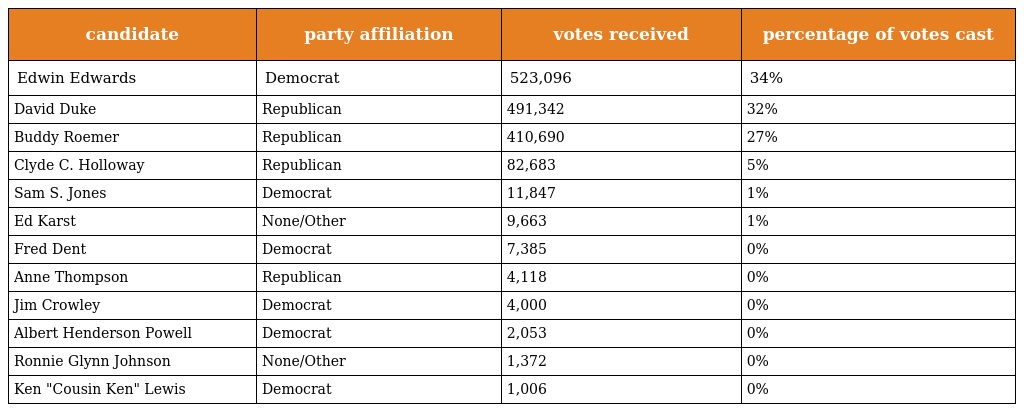
| candidate | party affiliation | votes received | percentage of votes cast |
 | --- | --- | --- | --- |
 | Edwin Edwards | Democrat | 523,096 | 34% |
 | David Duke | Republican | 491,342 | 32% |
 | Buddy Roemer | Republican | 410,690 | 27% |
 | Clyde C. Holloway | Republican | 82,683 | 5% |
 | Sam S. Jones | Democrat | 11,847 | 1% |
 | Ed Karst | None/Other | 9,663 | 1% |
 | Fred Dent | Democrat | 7,385 | 0% |
 | Anne Thompson | Republican | 4,118 | 0% |
 | Jim Crowley | Democrat | 4,000 | 0% |
 | Albert Henderson Powell | Democrat | 2,053 | 0% |
 | Ronnie Glynn Johnson | None/Other | 1,372 | 0% |
 | Ken "Cousin Ken" Lewis | Democrat | 1,006 | 0% |